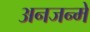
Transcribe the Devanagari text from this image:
अनजन्में